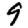
Digit: 9